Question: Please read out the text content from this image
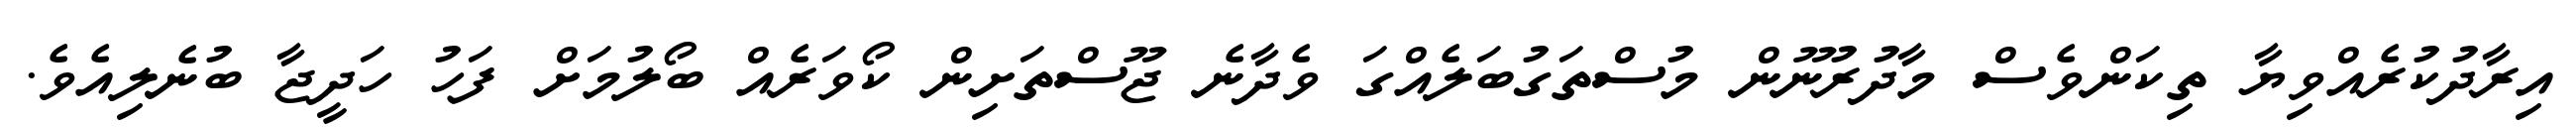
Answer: އިރާދުކުރެއްވިޔާ ތިކަންވެސް މާދުރުނޫން މުސްތަގުބަލެއްގަ ވެދާނެ ޖޫސްތަށިން ކޯވަރެއް ބޯލުމަށް ފަހު ހަދީޖާ ބުނެލިއެވެ.